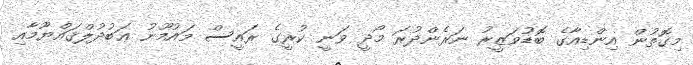
މިގޮތުން އިންޑިއާގެ ބޮޑުވަޒީރު ނަރެންދުރަ މޯދީ ވަނީ ކުރީގެ ރައީސް މައުމޫނު ޢަބުދުލްޤައްޔޫމާއި